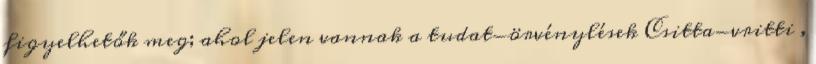
figyelhetők meg; ahol jelen vannak a tudat-örvénylések Csitta-vritti ,